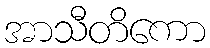
အာသီတိကော